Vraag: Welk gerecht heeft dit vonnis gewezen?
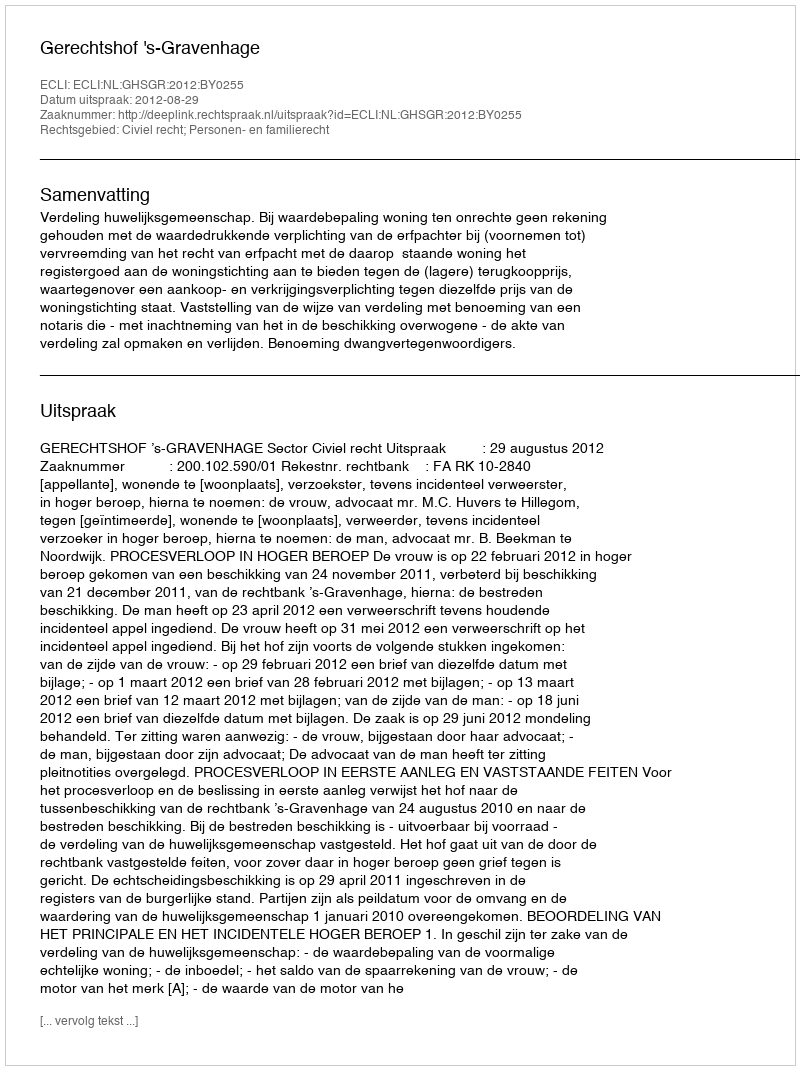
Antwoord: Gerechtshof 's-Gravenhage